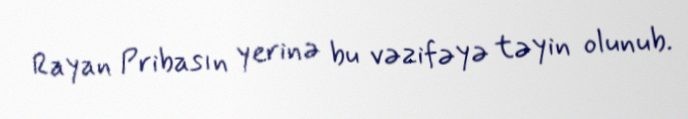
Rayan Pribasın yerinə bu vəzifəyə təyin olunub.